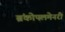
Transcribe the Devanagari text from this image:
ब्रंकोपलमेनरी